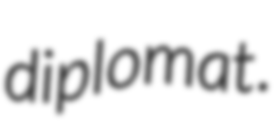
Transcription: diplomat.